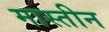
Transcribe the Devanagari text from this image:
मास्तीन